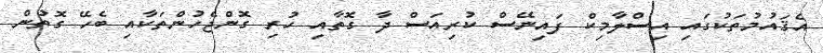
އެޤައުމުތަކުގައި އިސްލާމިކް ފައިނޭސް ކުރިއަސް ދާ ގޮތާއި ހުރި ގޮންޖެހުންތަކާއި ބެހޭ ގޮތުން